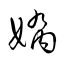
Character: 嬌